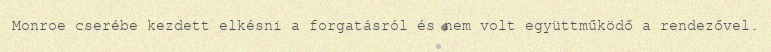
Monroe cserébe kezdett elkésni a forgatásról és nem volt együttműködő a rendezővel.